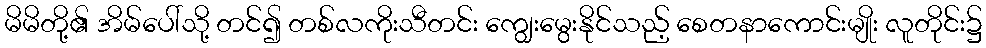
မိမိတို့၏ အိမ်ပေါ်သို့ တင်၍ တစ်လကိုးသီတင်း ကျွေးမွေးနိုင်သည့် စေတနာကောင်းမျိုး လူတိုင်း၌